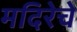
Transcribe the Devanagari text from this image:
मदिरेचे